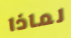
لماذا